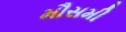
મૌસમી